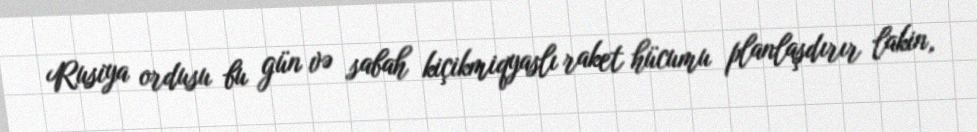
Rusiya ordusu bu gün və sabah kiçikmiqyaslı raket hücumu planlaşdırır lakin,